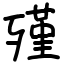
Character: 殣